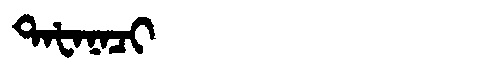
Manchu: ᡨᠠᡶᠠᠨᠠᠴᡳ
Romanization: TAFANACI